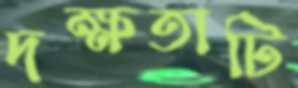
দক্ষতাটি